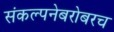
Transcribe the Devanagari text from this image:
संकल्पनेबरोबरच